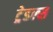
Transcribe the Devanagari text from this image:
ट्रेडल्स